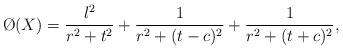
LaTeX: \begin{align*} \O(X) = \frac{\l^2}{r^2+t^2} + \frac{1}{r^2+(t-c)^2} + \frac{1}{r^2+(t+c)^2},\end{align*}